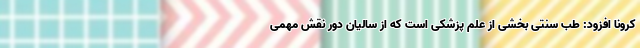
کرونا افزود: طب سنتی بخشی از علم پزشکی است که از سالیان دور نقش مهمی